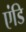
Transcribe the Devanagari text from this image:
एंडि